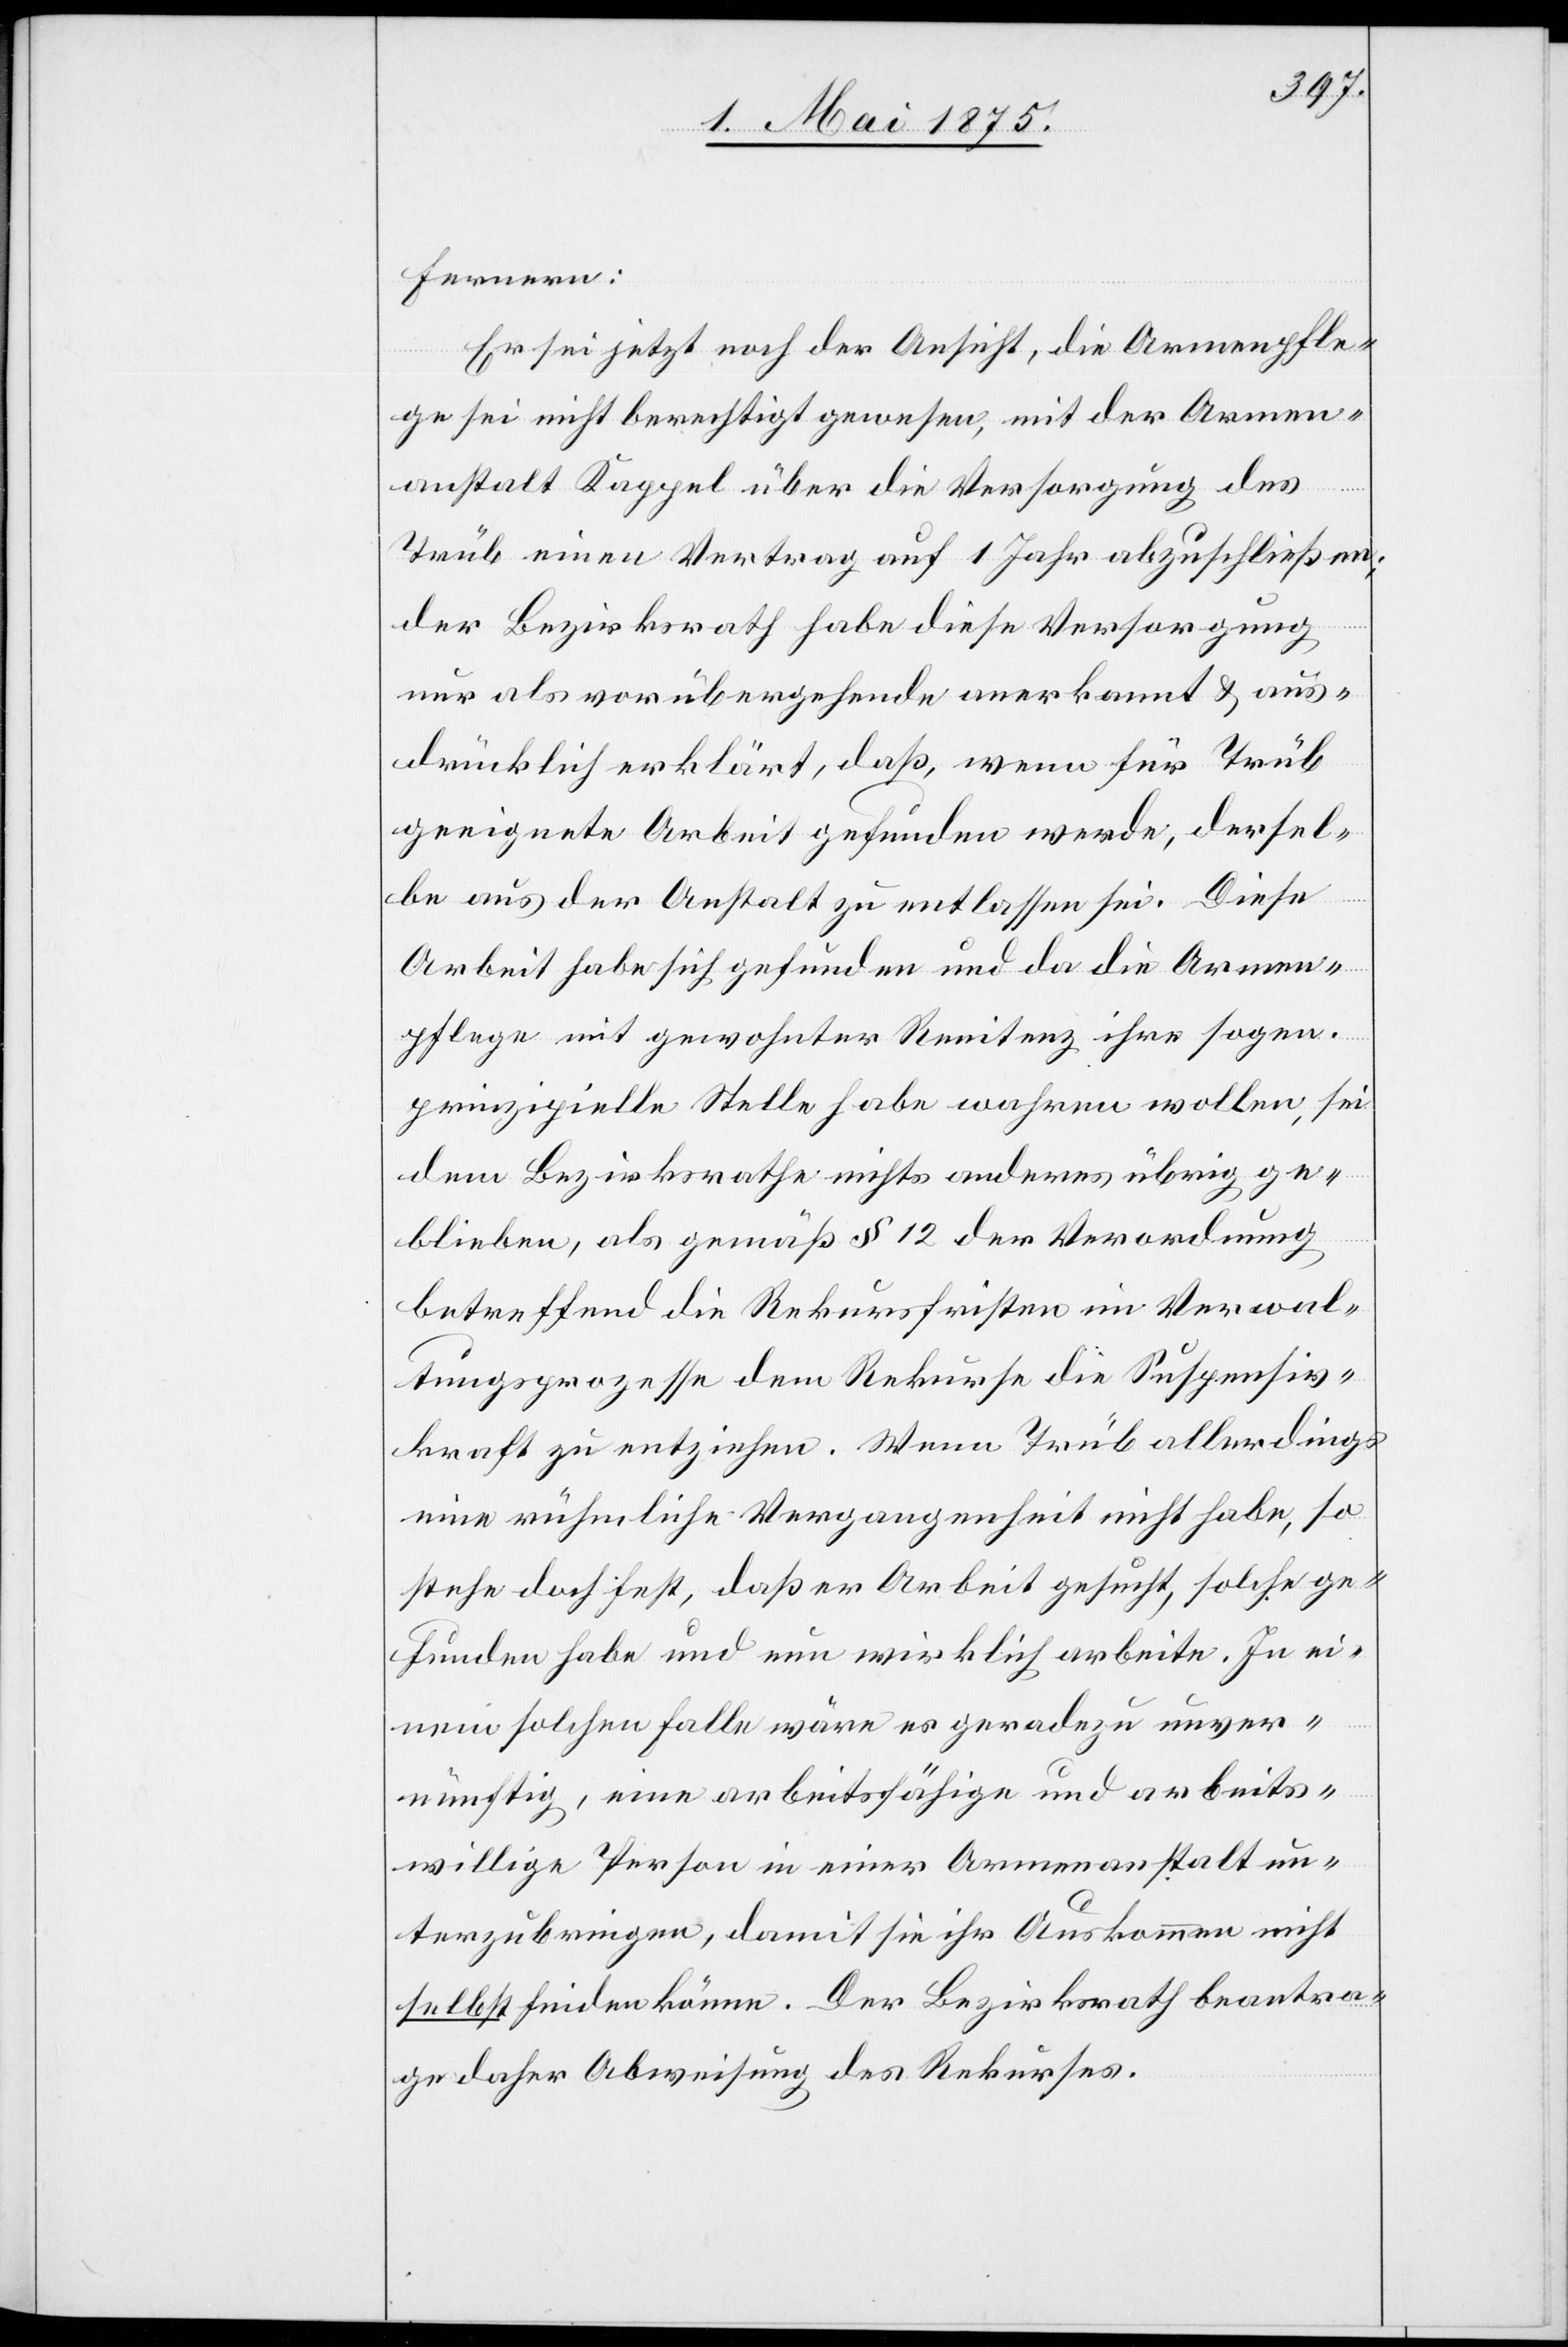
Fernern:
Es sei jetzt noch der Ansicht, die Armenpfle¬
ge sei nicht berechtigt gewesen, mit der Armen¬
anstalt Kappel über die Versorgung des
Trüb einen Vertrag auf 1 Jahr abzuschließen;
der Bezirksrath habe diese Versorgung
nur als vorübergehende anerkannt & aus¬
drücklich erklärt, daß, wenn für Trüb
geeignete Arbeit gefunden werde, dersel¬
be aus der Anstalt zu entlassen sei. Diese
Arbeit habe sich gefunden und da die Armen¬
pflege mit gewohnter Rennitenz ihre sogen.
prinzipielle Stelle habe wahren wollen, sei
dem Bezirksrathe nichts anderes übrig ge¬
blieben, als gemäß § 12 der Verordnung
betreffend die Rekursfristen im Verwal¬
tungsprozesse dem Rekurse die Suspensiv¬
kraft zu entziehen. wenn Trüb allerdings
eine rühmliche Vergangenheit nicht habe, so
stehe doch fest, daß er Arbeit gesucht, solche ge¬
funden habe und nun wirklich arbeite. In ei¬
nem solchen Falle wäre es geradezu unver¬
nünftig, eine arbeitsfähige und arbeits¬
willige Person in einer Armenanstalt un¬
terzubringen, damit sie ihr Auskommen nicht
selbst finden könne. Der Bezirksrath beantra¬
ge daher Abweisung des Rekurses.